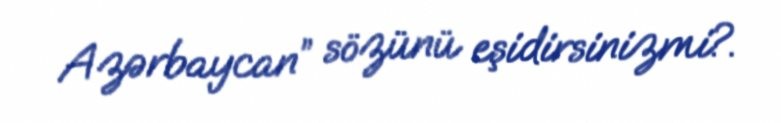
Azərbaycan” sözünü eşidirsinizmi?.